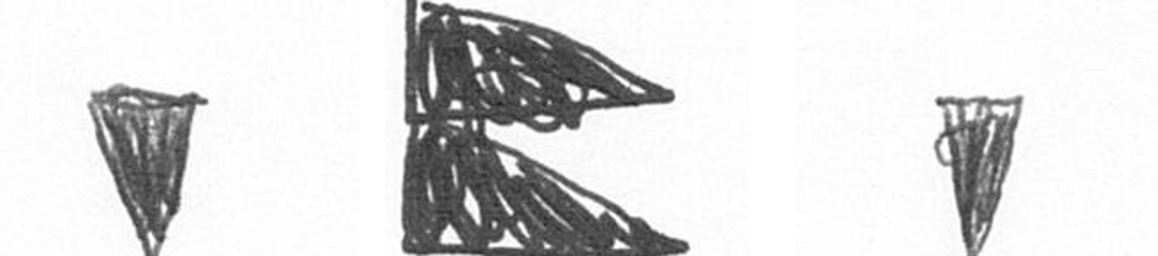
J P J